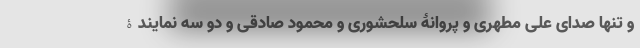
و تنها صدای علی مطهری و پروانۀ سلحشوری و محمود صادقی و دو سه نمایندۀ